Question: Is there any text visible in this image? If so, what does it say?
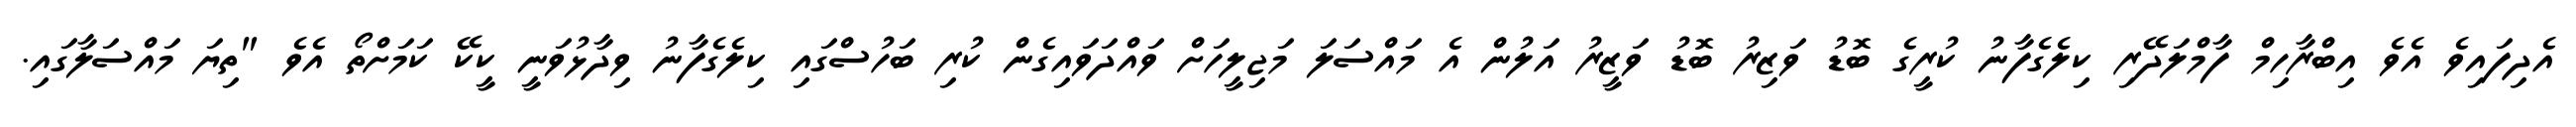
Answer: އެދިފައިވެ އެވެ އިބްރާހިމް ފާމްލަދޭރި ކިލެގެފާނު ކުރީގެ ބޮޑު ވަޒިރު ބޮޑު ވަޒީރު އަލުން އެ މައްސަލަ މަޖިލީހަށް ވައްދަވައިގެން ކުރި ބަހުސްގައި ކިލެގެފާނު ވިދާޅުވަނީ ކީކޭ ކަމަށްތޯ އެވެ "ތިޔަ މައްސަލާގައި.